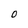
Character: O